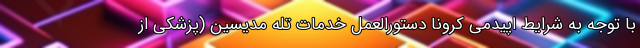
با توجه به شرایط اپیدمی کرونا دستورالعمل خدمات تله مدیسین (پزشکی از